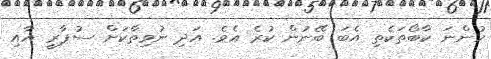
ހުންނަ ކާބޯތަކެތި އެބަ ބޭނުން ކުރެ އެވެ. އަދި ނުވިތާކަށް ސުޕާރީ އާއި